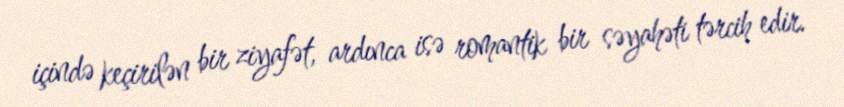
içində keçirilən bir ziyafət, ardınca isə romantik bir səyahəti tərcih edir.